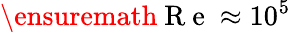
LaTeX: \ensuremath{\mathrm{~R~e~}}\approx 10^{5}